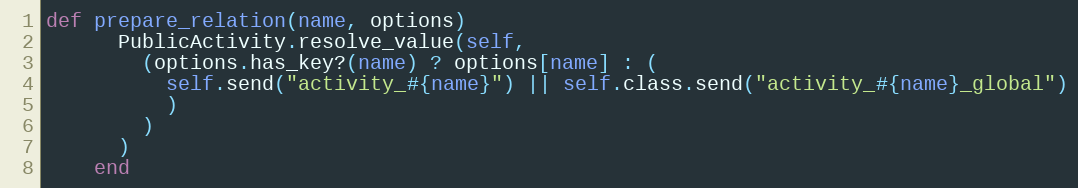
Language: Ruby
def prepare_relation(name, options)
      PublicActivity.resolve_value(self,
        (options.has_key?(name) ? options[name] : (
          self.send("activity_#{name}") || self.class.send("activity_#{name}_global")
          )
        )
      )
    end